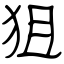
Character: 狙